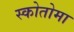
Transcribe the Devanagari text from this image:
स्कोतोमा